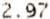
2.97